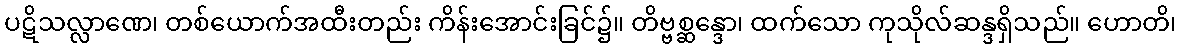
ပဋိသလ္လာဏေ၊ တစ်ယောက်အထီးတည်း ကိန်းအောင်းခြင်၌။ တိဗ္ဗစ္ဆန္ဒော၊ ထက်သော ကုသိုလ်ဆန္ဒရှိသည်။ ဟောတိ၊